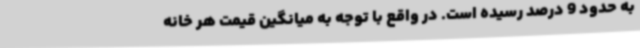
به حدود 9 درصد رسیده است. در واقع با توجه به میانگین قیمت هر خانه